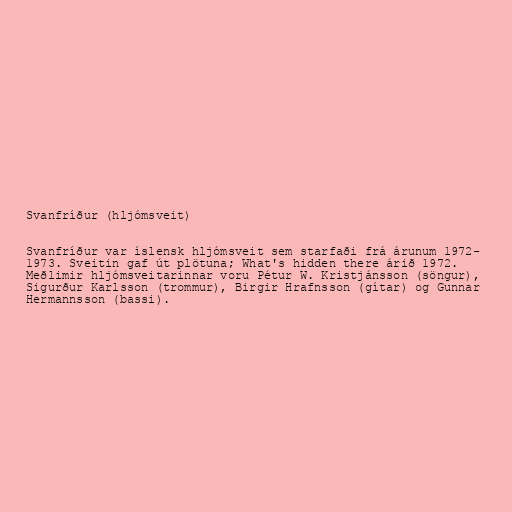
Svanfríður (hljómsveit)

Svanfríður var íslensk hljómsveit sem starfaði frá árunum 1972-
1973. Sveitin gaf út plötuna; What's hidden there árið 1972.
Meðlimir hljómsveitarinnar voru Pétur W. Kristjánsson (söngur),
Sigurður Karlsson (trommur), Birgir Hrafnsson (gítar) og Gunnar
Hermannsson (bassi).